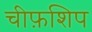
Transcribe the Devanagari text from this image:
चीफ़शिप